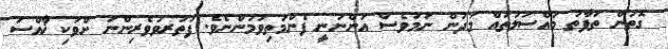
ގޮތުން ތަފާތު މައްސަލަތައް މަދުން ނަމަވެސް އަންނަނީ ފެންމަތިވަމުންނެވެ. ފަތުރވުވެރިންނަ ށްވަކި ޚާއްސަ